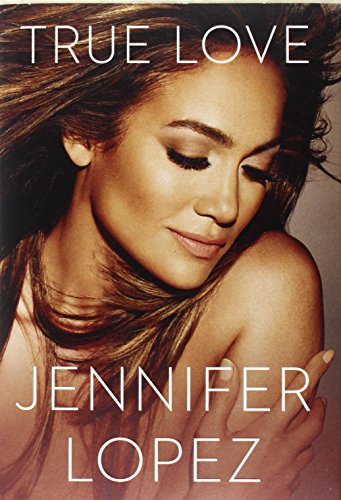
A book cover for True Love; Jennifer Lopez; Arts & Photography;